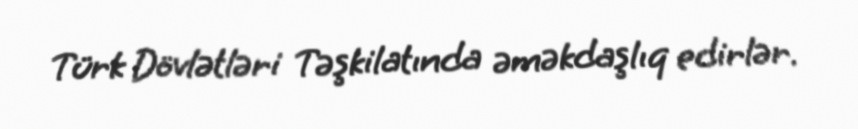
Türk Dövlətləri Təşkilatında əməkdaşlıq edirlər.